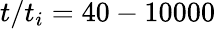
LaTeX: t/t_{i}=40-10000